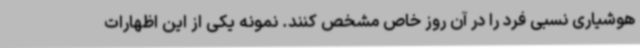
هوشیاری نسبی فرد را در آن روز خاص مشخص کنند. نمونه یکی از این اظهارات